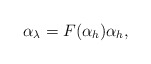
\begin{align*}\alpha_{\lambda}=F(\alpha_{h})\alpha_{h},\end{align*}